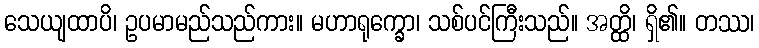
သေယျထာပိ၊ ဥပမာမည်သည်ကား။ မဟာရုက္ခော၊ သစ်ပင်ကြီးသည်။ အတ္ထိ၊ ရှိ၏။ တဿ၊